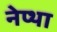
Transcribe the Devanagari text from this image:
नेप्था